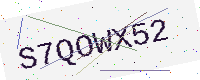
Text: S7QOWX52